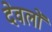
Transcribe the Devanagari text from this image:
देवलों